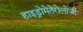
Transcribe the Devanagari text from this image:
हाइड्रोमेतेरोलोजी